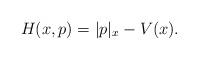
LaTeX: \begin{align*}H(x,p)=|p|_x-V(x).\end{align*}